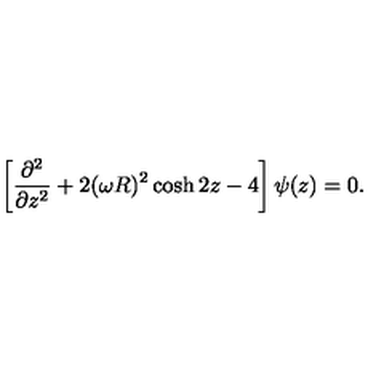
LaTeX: \left[ { \frac { \partial ^ { 2 } } { \partial z ^ { 2 } } } + 2 ( \omega R ) ^ { 2 } \cosh 2 z - 4 \right] \psi ( z ) = 0 .